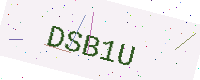
Text: DSB1U